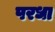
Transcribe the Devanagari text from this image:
परधा